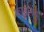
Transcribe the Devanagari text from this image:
काढलेच